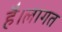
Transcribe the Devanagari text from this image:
है।लागत